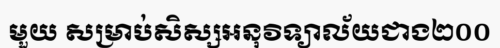
មួយ សម្រាប់សិស្សអនុវិទ្យាល័យជាង២០០